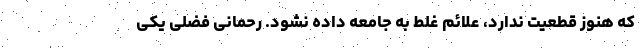
که هنوز قطعیت ندارد، علائم غلط به جامعه داده نشود. رحمانی فضلی یکی